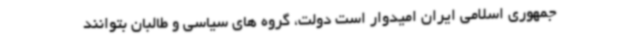
جمهوری اسلامی ایران امیدوار است دولت، گروه های سیاسی و طالبان بتوانند